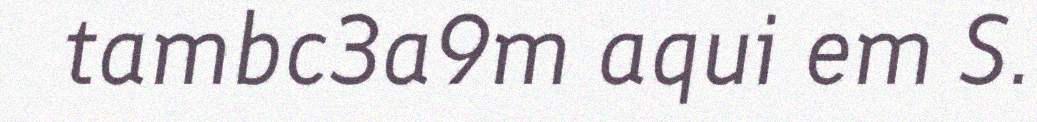
tambc3a9m aqui em S.